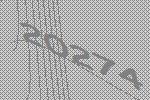
20274